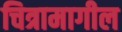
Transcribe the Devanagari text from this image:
चित्रामागील